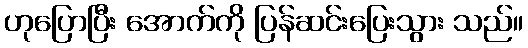
ဟုပြောပြီး အောက်ကို ပြန်ဆင်းပြေးသွား သည်။